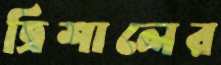
ত্রিশালের